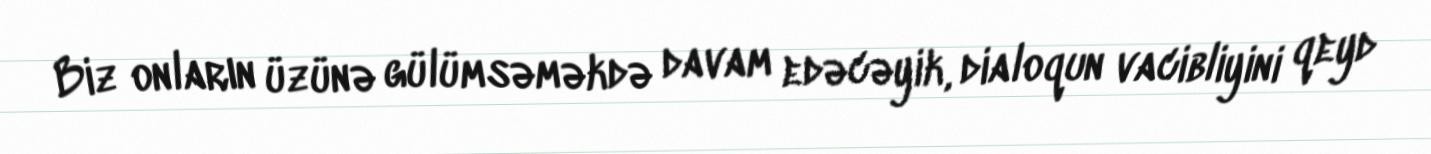
Biz onların üzünə gülümsəməkdə davam edəcəyik, dialoqun vacibliyini qeyd